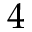
Ḋ 4 Ḍ